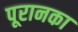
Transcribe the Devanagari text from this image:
पूरानका